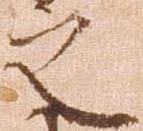
之